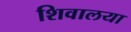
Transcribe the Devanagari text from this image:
शिवालया